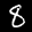
Label: 8